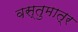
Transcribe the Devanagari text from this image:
वस्तुमात्र